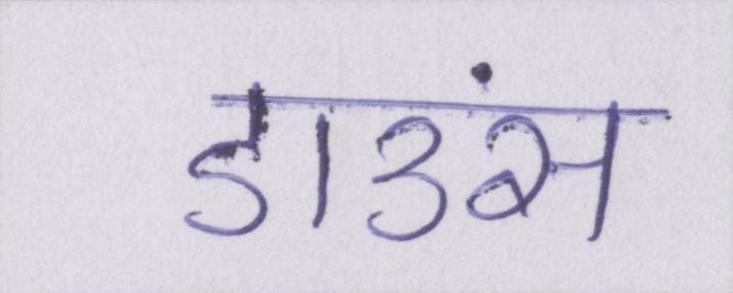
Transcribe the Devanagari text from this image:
डाउंस